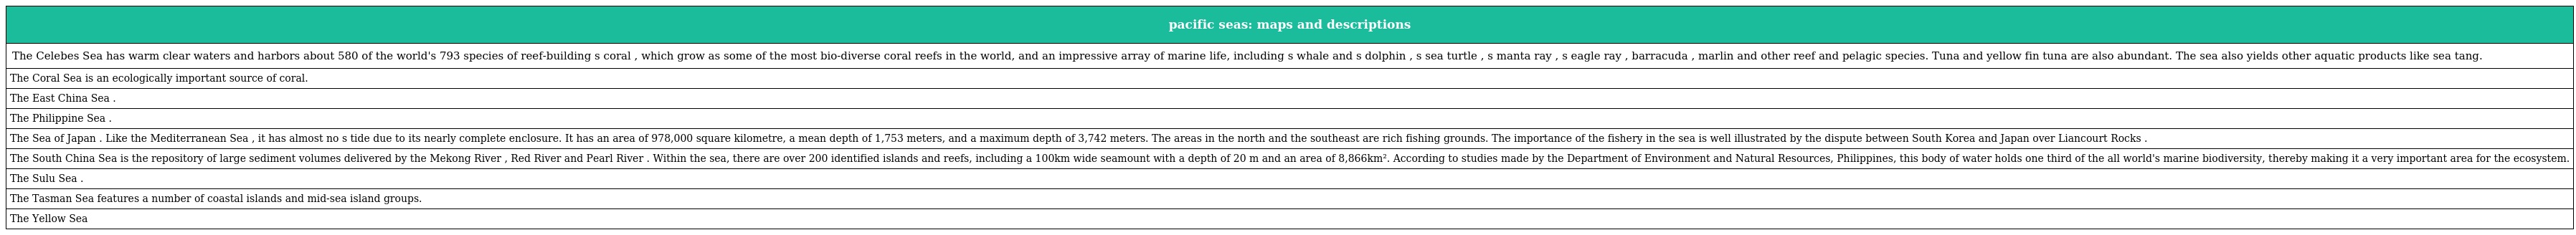
| pacific seas: maps and descriptions |
 | --- |
 | The Celebes Sea has warm clear waters and harbors about 580 of the world's 793 species of reef-building s coral , which grow as some of the most bio-diverse coral reefs in the world, and an impressive array of marine life, including s whale and s dolphin , s sea turtle , s manta ray , s eagle ray , barracuda , marlin and other reef and pelagic species. Tuna and yellow fin tuna are also abundant. The sea also yields other aquatic products like sea tang. |
 | The Coral Sea is an ecologically important source of coral. |
 | The East China Sea . |
 | The Philippine Sea . |
 | The Sea of Japan . Like the Mediterranean Sea , it has almost no s tide due to its nearly complete enclosure. It has an area of 978,000 square kilometre, a mean depth of 1,753 meters, and a maximum depth of 3,742 meters. The areas in the north and the southeast are rich fishing grounds. The importance of the fishery in the sea is well illustrated by the dispute between South Korea and Japan over Liancourt Rocks . |
 | The South China Sea is the repository of large sediment volumes delivered by the Mekong River , Red River and Pearl River . Within the sea, there are over 200 identified islands and reefs, including a 100km wide seamount with a depth of 20 m and an area of 8,866km². According to studies made by the Department of Environment and Natural Resources, Philippines, this body of water holds one third of the all world's marine biodiversity, thereby making it a very important area for the ecosystem. |
 | The Sulu Sea . |
 | The Tasman Sea features a number of coastal islands and mid-sea island groups. |
 | The Yellow Sea |